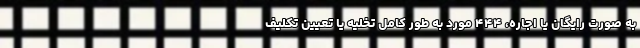
به صورت رایگان یا اجاره، ۴۴۴ مورد به طور کامل تخلیه یا تعیین تکلیف